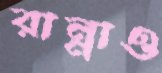
রান্নাও